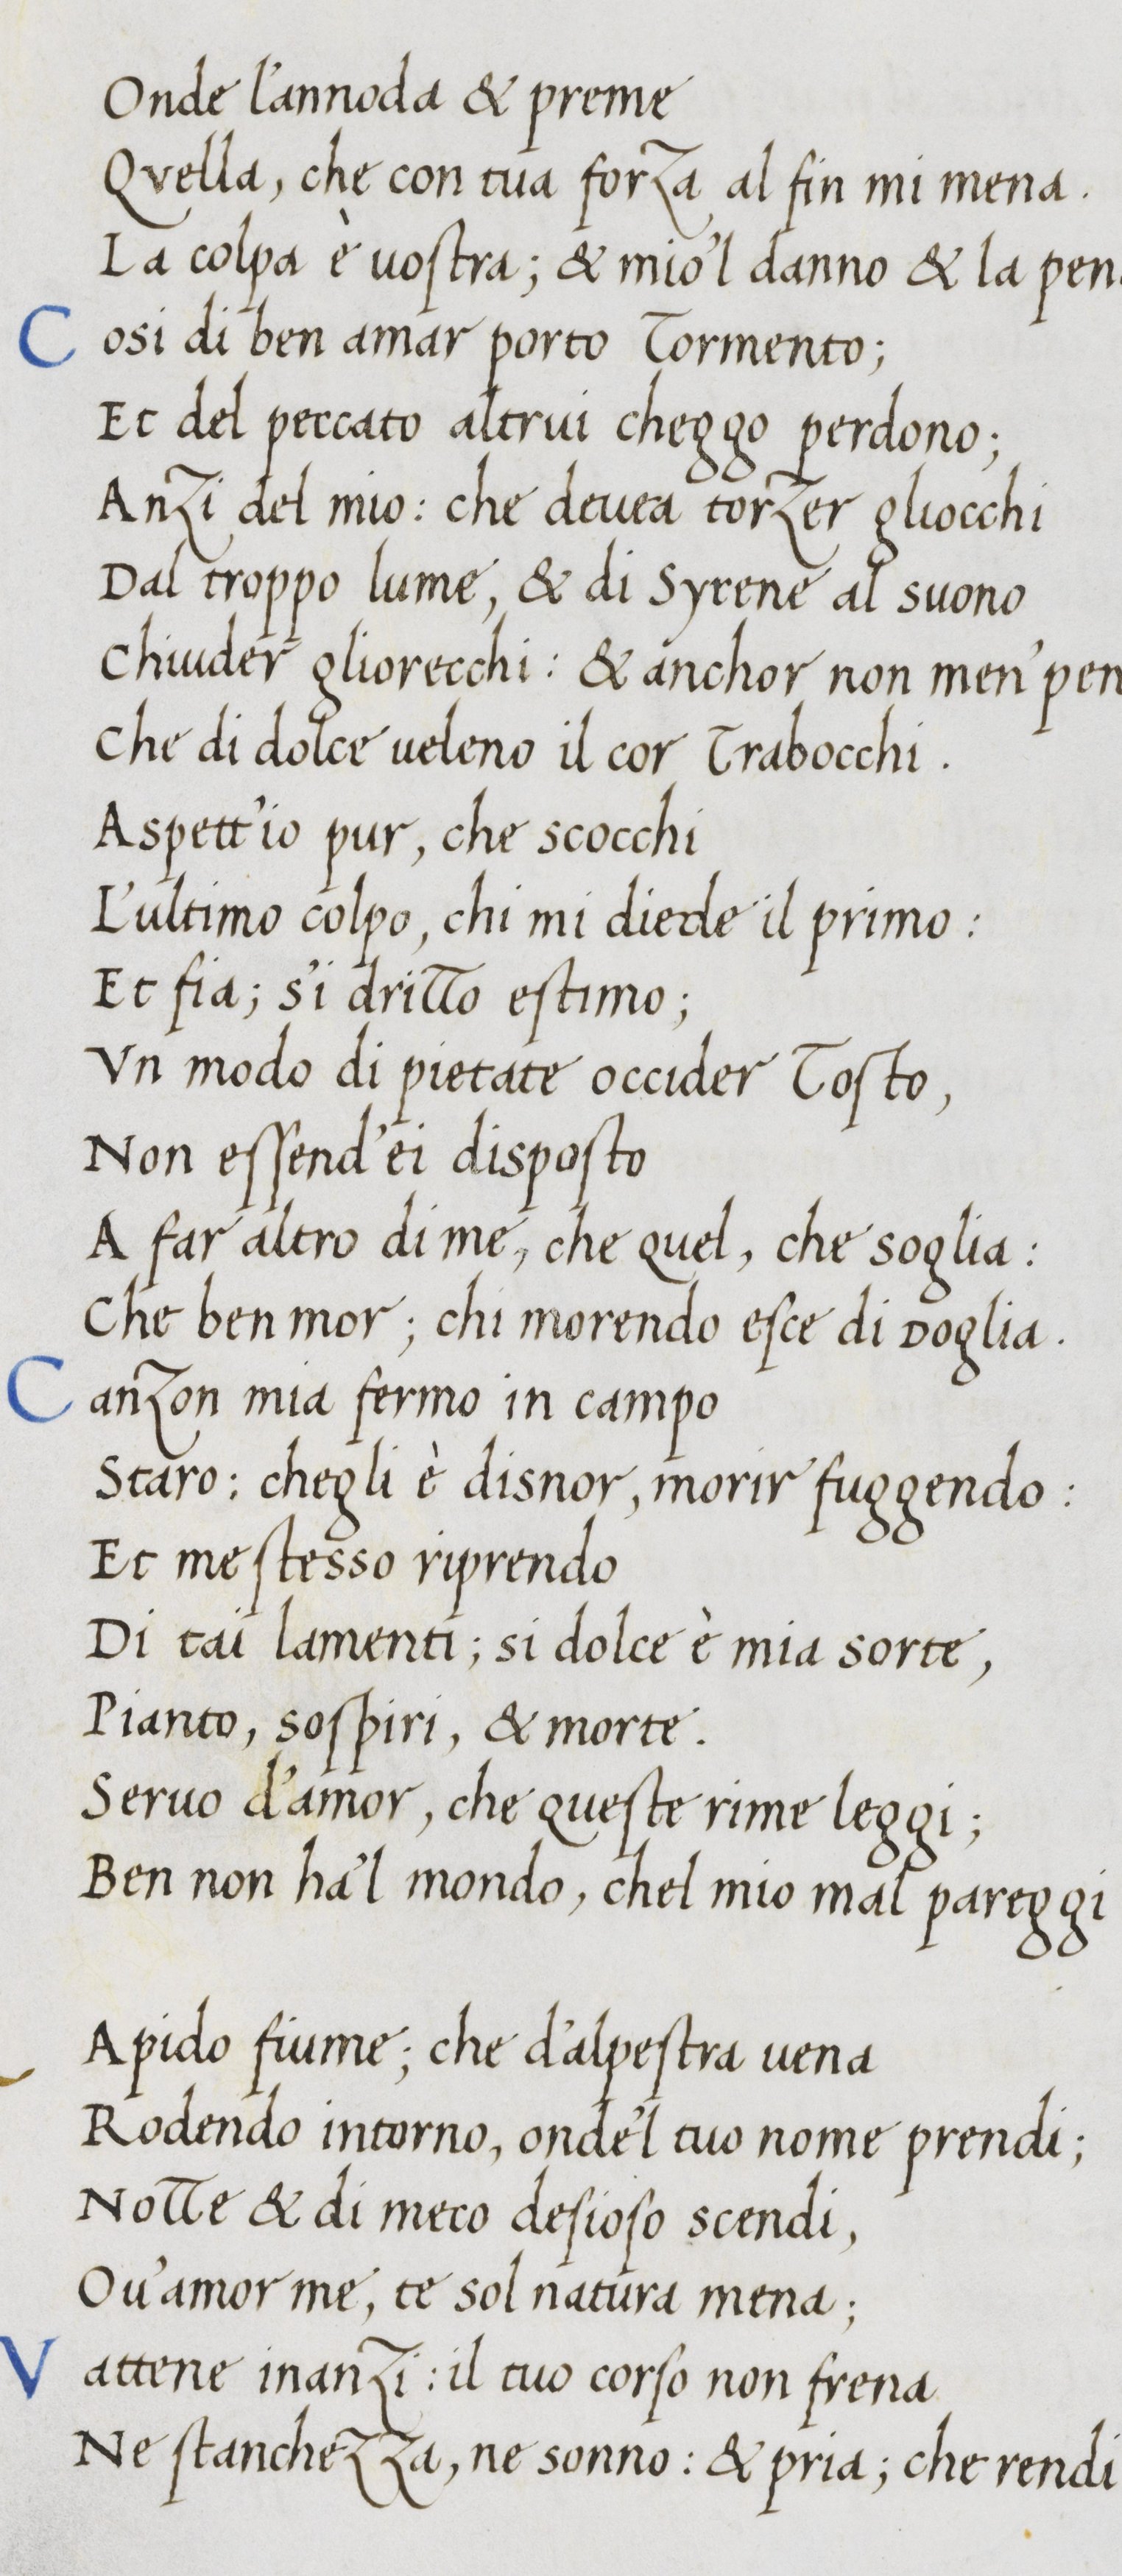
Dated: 1400–1499